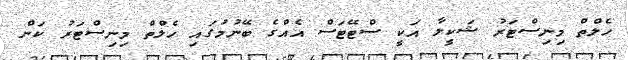
ހެލްތް މިނިސްޓަރު ޝަކީލާ އަކީ ސްޓޭޓަސް އެއްގެ ބޭނުމުގައި ހެލްތް މިނިސްޓަރު ކަން